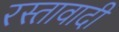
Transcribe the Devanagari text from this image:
रस्तावादी